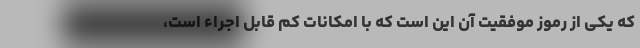
که یکی از رموز موفقیت آن این است که با امکانات کم قابل اجراء است،